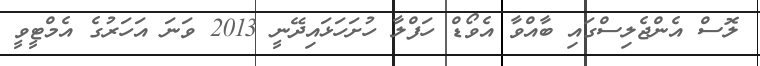
ލޮސް އެންޖެލިސްގައި ބާއްވާ އެވޯޑް ހަފްލާ ހުށަހަޅައިދޭނީ 2013 ވަނަ އަހަރުގެ އެމްޓީވީ